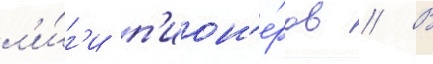
л'и́г'и п'ион'е́ров // В